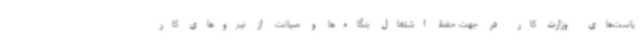
یاست‌های وزارت کار در جهت حفظ اشتغال بنگاه‌ها و صیانت از نیروهای کار